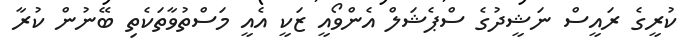
ކުރީގެ ރައީސް ނަޝީދުގެ ސްޕެޝަލް އެންވޯއީ ޒަކީ އެއީ މަސްތުވާތަކެތި ބޭނުން ކުރާ